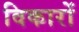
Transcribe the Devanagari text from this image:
विकारों